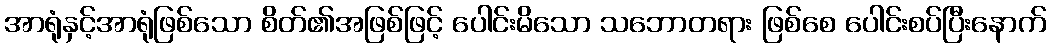
အာရုံနှင့်အာရုံဖြစ်သော စိတ်၏အဖြစ်ဖြင့် ပေါင်းမိသော သဘောတရား ဖြစ်စေ ပေါင်းစပ်ပြီးနောက်